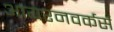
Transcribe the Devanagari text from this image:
आयरनवर्कर्स